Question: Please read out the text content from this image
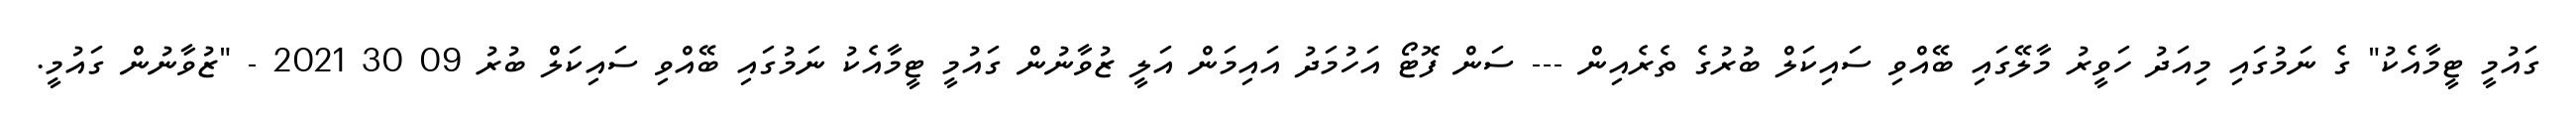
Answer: ގައުމީ ޓީމާއެކު" ގެ ނަމުގައި މިއަދު ހަވީރު މާލޭގައި ބޭއްވި ސައިކަލް ބުރުގެ ތެރެއިން --- ސަން ފޮޓޯ އަހުމަދު އައިމަން އަލީ ޒުވާނުން ގައުމީ ޓީމާއެކު ނަމުގައި ބޭއްވި ސައިކަލް ބުރު 09 30 2021 - "ޒުވާނުން ގައުމީ.